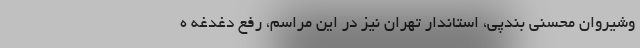
وشیروان محسنی بندپی، استاندار تهران نیز در این مراسم، رفع دغدغه ه